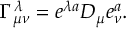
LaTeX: \Gamma _ { \mu \nu } ^ { \lambda } = e ^ { \lambda a } D _ { \mu } e _ { \nu } ^ { a } .